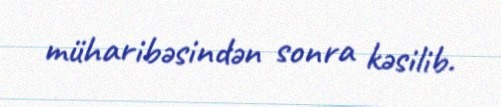
müharibəsindən sonra kəsilib.